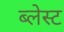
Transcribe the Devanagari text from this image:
ब्लेस्ट